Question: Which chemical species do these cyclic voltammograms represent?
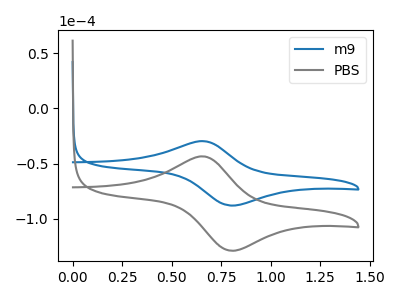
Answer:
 <answer>The blue curve is labeled "m9". The gray curve is labeled "PBS".</answer>
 <eval></eval>